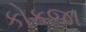
કોકજા